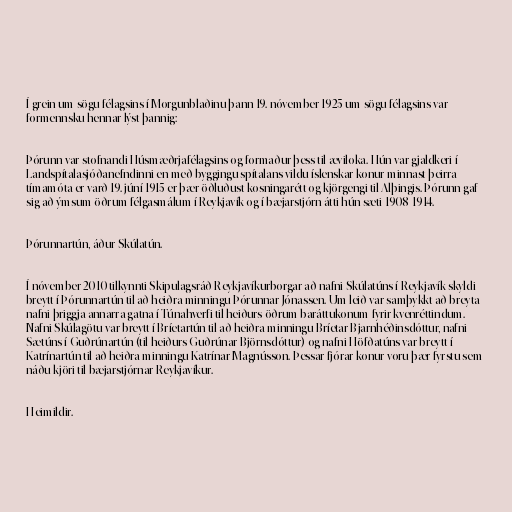
Í grein um sögu félagsins í Morgunblaðinu þann 19. nóvember 1925 um sögu félagsins var
formennsku hennar lýst þannig:

Þórunn var stofnandi Húsmæðrjafélagsins og formaður þess til æviloka. Hún var gjaldkeri í
Landspítalasjóðanefndinni en með byggingu spítalans vildu íslenskar konur minnast þeirra
tímamóta er varð 19. júní 1915 er þær öðluðust kosningarétt og kjörgengi til Alþingis. Þórunn gaf
sig að ýmsum öðrum félgasmálum í Reykjavík og í bæjarstjórn átti hún sæti 1908-1914.

Þórunnartún, áður Skúlatún.

Í nóvember 2010 tilkynnti Skipulagsráð Reykjavíkurborgar að nafni Skúlatúns í Reykjavík skyldi
breytt í Þórunnartún til að heiðra minningu Þórunnar Jónassen. Um leið var samþykkt að breyta
nafni þriggja annarra gatna í Túnahverfi til heiðurs öðrum baráttukonum fyrir kvenréttindum.
Nafni Skúlagötu var breytt í Bríetartún til að heiðra minningu Bríetar Bjarnhéðinsdóttur, nafni
Sætúns í Guðrúnartún (til heiðurs Guðrúnar Björnsdóttur) og nafni Höfðatúns var breytt í
Katrínartún til að heiðra minningu Katrínar Magnússon. Þessar fjórar konur voru þær fyrstu sem
náðu kjöri til bæjarstjórnar Reykjavíkur.

Heimildir.